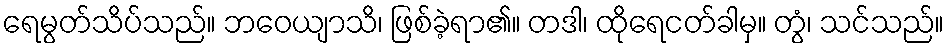
ရေမွတ်သိပ်သည်။ ဘဝေယျာသိ၊ ဖြစ်ခဲ့ရာ၏။ တဒါ၊ ထိုရေငတ်ခါမှ။ တွံ၊ သင်သည်။